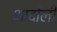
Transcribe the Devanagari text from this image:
आर्दोली